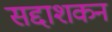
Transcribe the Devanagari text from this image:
सद्दाशकन